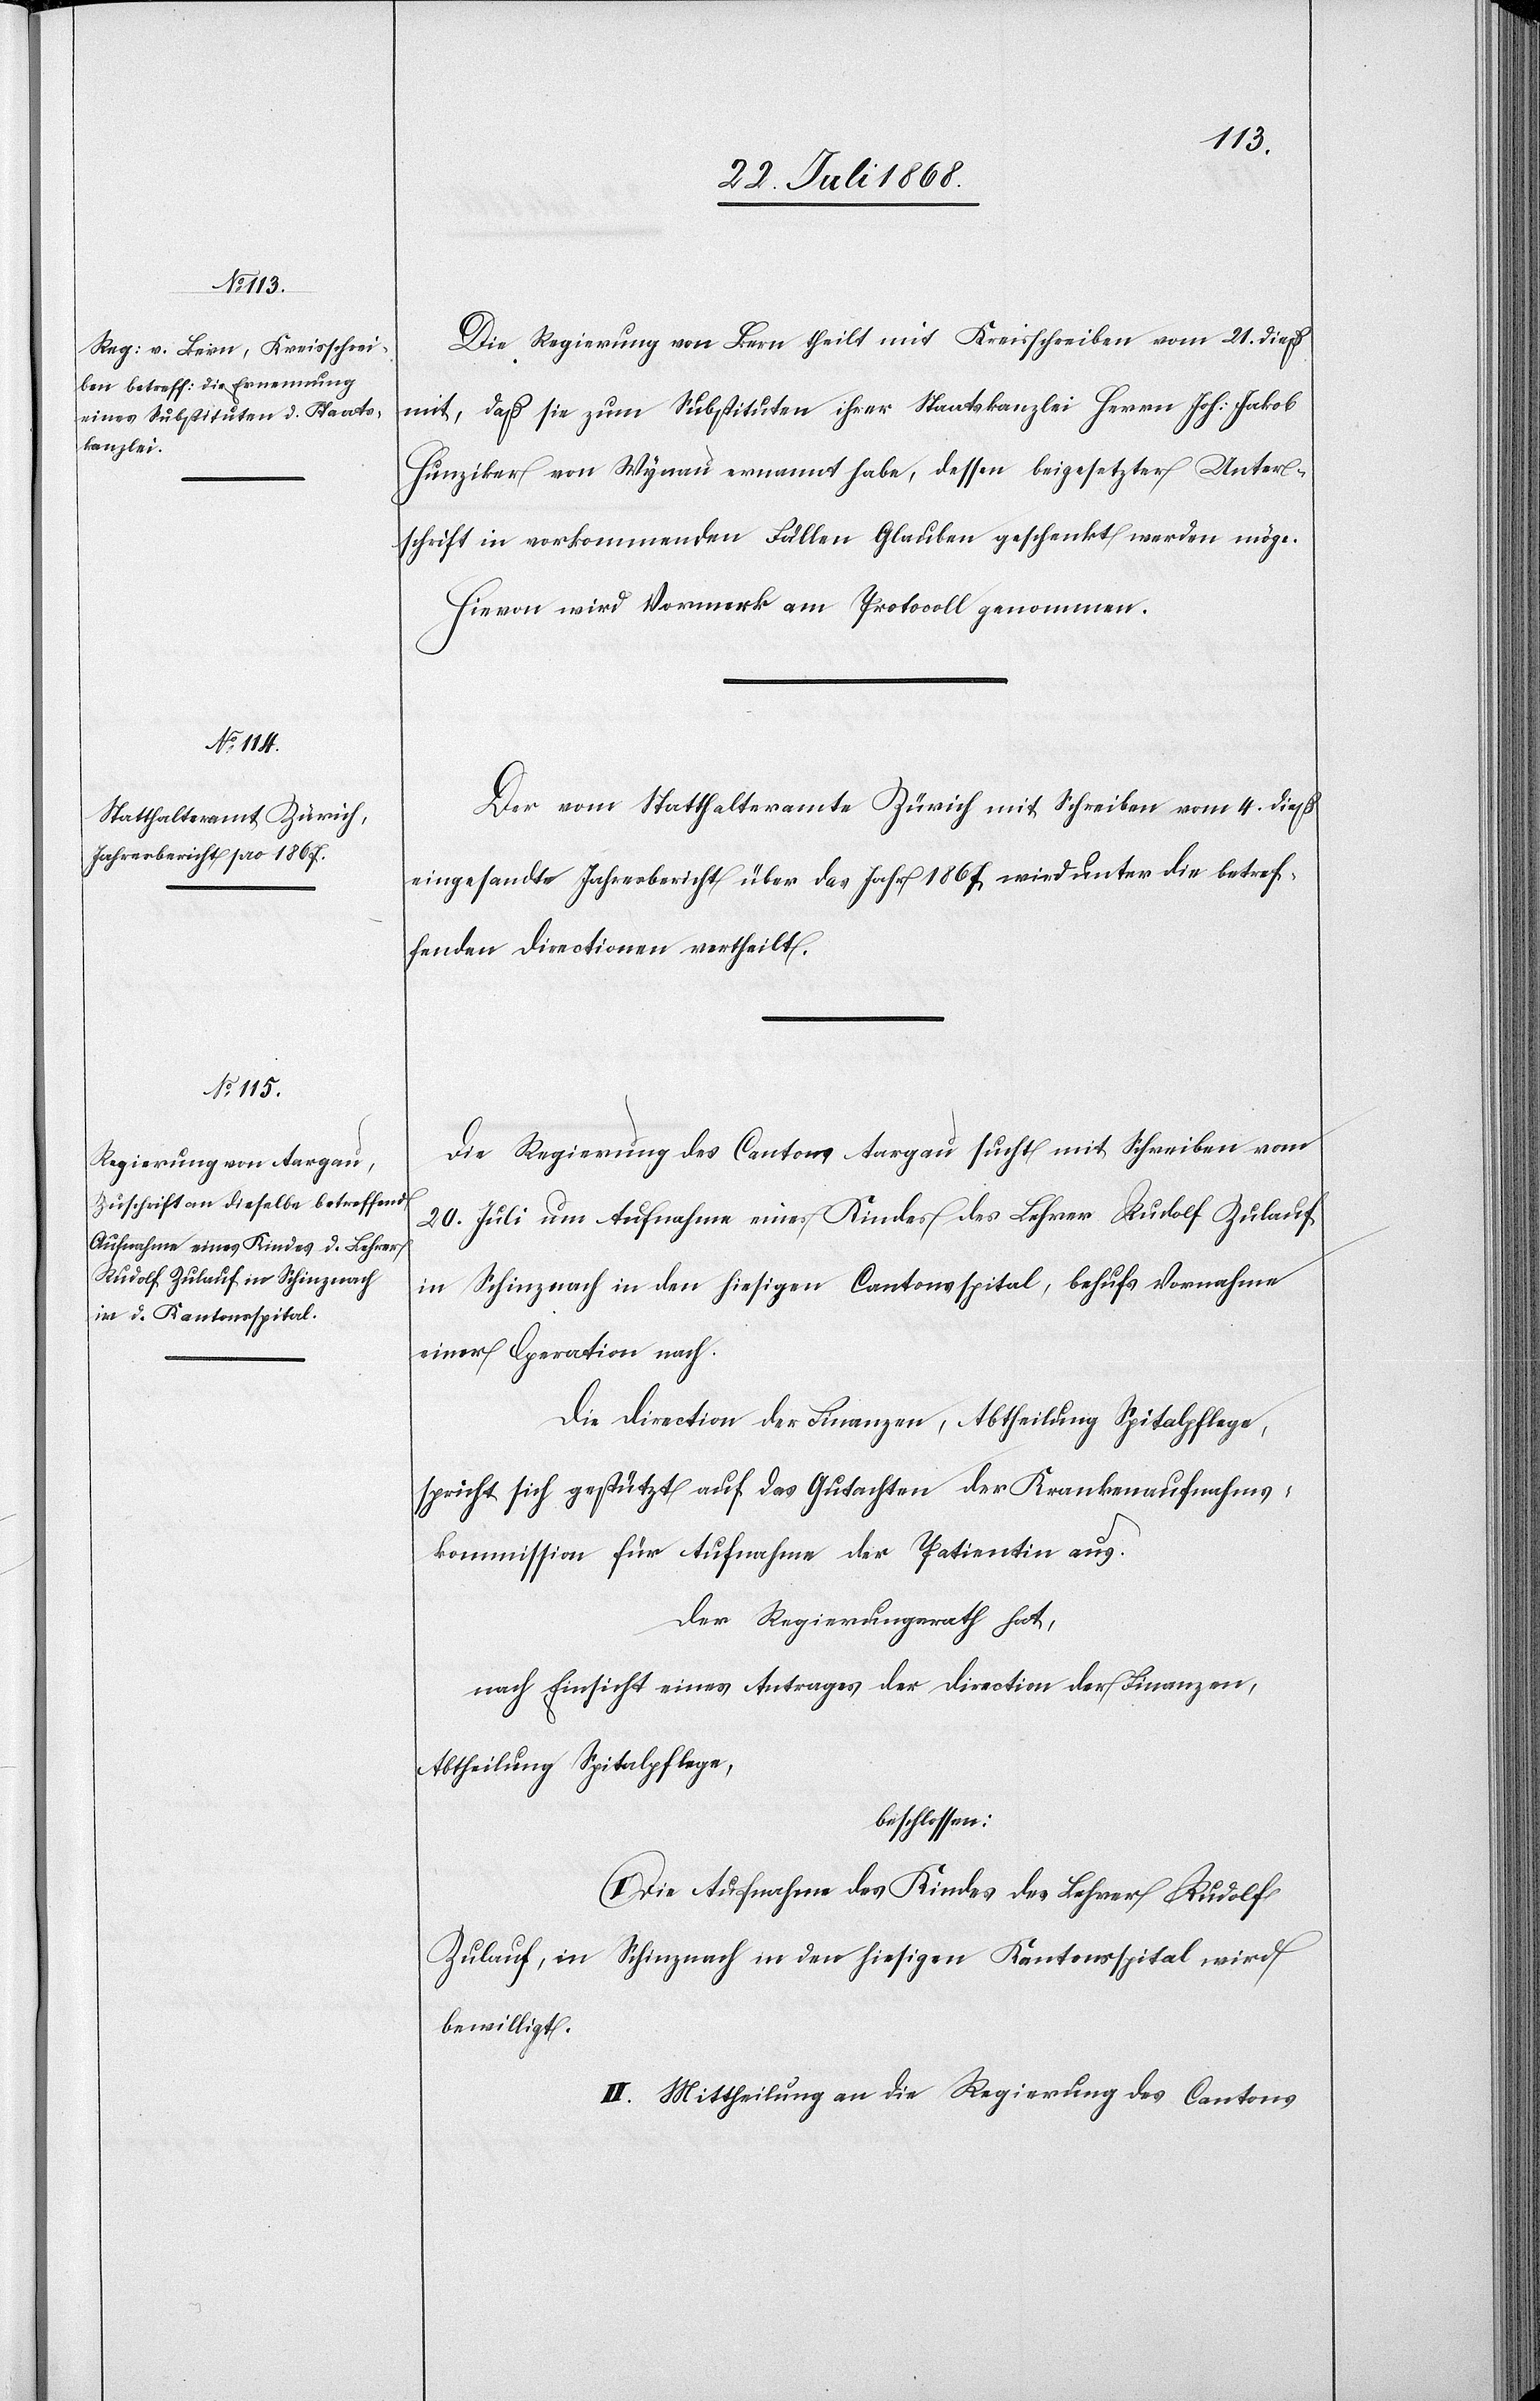
25. Juli 1868.]
Die Regierung von Bern theilt mit Kreisschreiben vom 21. dieß
mit, daß sie zum Substituten ihrer Staatskanzlei Herrn Joh: Jakob
Hunziker von Wynau ernannt habe, dessen beigesetzter Unter¬
schrift in vorkommenden Fällen Glauben geschenkt werden möge.
Hievon wird Vormerk am Protocoll genommen.
Der vom Statthalteramte Zürich mit Schreiben vom 4. dieß
eingesandte Jahresbericht über das Jahr 1867 wird unter die betref¬
fenden Directionen vertheilt.
Die Regierung des Cantons Aargau sucht mit Schreiben vom
20. Juli um Aufnahme eines Kindes des Lehrer Rudolf Zulauf
in Schinznach in den hiesigen Cantonsspital, behufs Vornahme
einer Operation nach.
Die Direction der Finanzen, Abtheilung Spitalpflege,
spricht sich gestützt auf das Gutachten der Krankenaufnahms¬
kommission für Aufnahme der Patientin aus.
Der Regierungsrath hat,
nach Einsicht eines Antrages der Direction der Finanzen,
Abtheilung Spitalpflege,
beschlossen:
I. Die Aufnahme des Kindes des Lehrer Rudolf
Zulauf, in Schinznach in den hiesigen Kantonsspital wird
bewilligt.
II. Mittheilung an die Regierung des Cantons